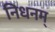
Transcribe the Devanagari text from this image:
निधनम्